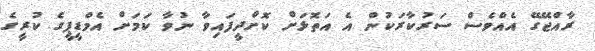
ރާއްޖޭގޭ އެއްވެސް ސަރުކާރަކުން އެ އަތޮޅަށް ކޮށްދީފައިވާ ނުވާ ކަމަށް އެމްޑީޕީގެ ކުރީގެ